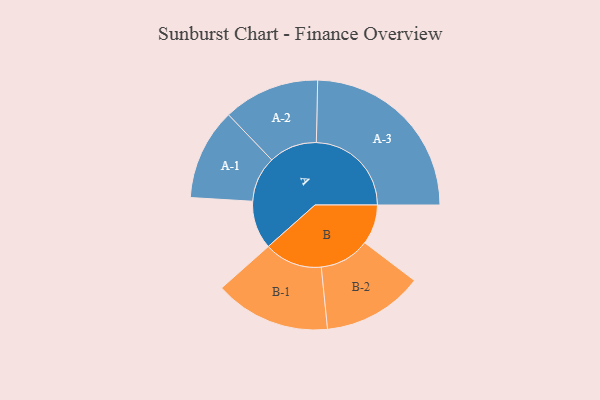
{"axis": {"x": "Segment", "y": "Value"}, "legend": ["", "A", "B"], "data": [{"x": "A", "y": 138, "type": ""}, {"x": "B", "y": 114, "type": ""}, {"x": "A-1", "y": 131, "type": "A"}, {"x": "A-2", "y": 138, "type": "A"}, {"x": "A-3", "y": 272, "type": "A"}, {"x": "B-1", "y": 166, "type": "B"}, {"x": "B-2", "y": 144, "type": "B"}]}